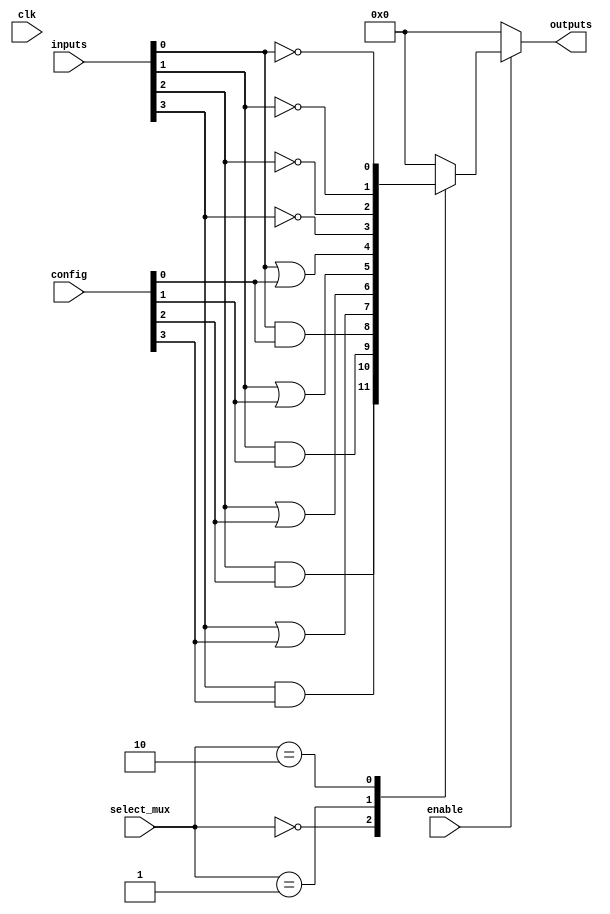
module CLB (
    input wire [15:0] inputs,         // 16 input lines
    input wire [3:0] select_mux,      // Select lines for multiplexers
    input wire [3:0] config,           // Configuration for logic functions
    input wire clk,                    // Clock signal for synchronous operations
    input wire enable,                 // Enable signal for the CLB
    output wire [3:0] outputs          // 4 output lines
);

// Internal signals
wire [15:0] and_out;                 // Outputs of AND gates
wire [15:0] or_out;                  // Outputs of OR gates
wire [15:0] not_out;                 // Outputs of NOT gates
wire [3:0] mux_out;                  // MUX output

// AND gates
genvar i;
generate
    for (i = 0; i < 16; i = i + 1) begin : and_gates
        assign and_out[i] = inputs[i] & config[i]; // Configurable AND operation
    end
endgenerate

// OR gates
generate
    for (i = 0; i < 16; i = i + 1) begin : or_gates
        assign or_out[i] = inputs[i] | config[i]; // Configurable OR operation
    end
endgenerate

// NOT gates
generate
    for (i = 0; i < 16; i = i + 1) begin : not_gates
        assign not_out[i] = ~inputs[i]; // NOT operation
    end
endgenerate

// Multiplexer for selecting output based on configuration
always @(*) begin
    case (select_mux)
        4'b0000: mux_out = and_out[3:0]; // Select AND outputs
        4'b0001: mux_out = or_out[3:0];  // Select OR outputs
        4'b0010: mux_out = not_out[3:0]; // Select NOT outputs
        // Additional cases can be added for other logic functions
        default: mux_out = 4'b0000;       // Default output
    endcase
end

// Output assignment with enable control
assign outputs = enable ? mux_out : 4'b0000; // Outputs based on enable signal

endmodule